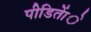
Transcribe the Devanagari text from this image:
पीडिताेंे